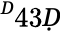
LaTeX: ^Ḋ43Ḍ